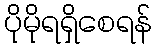
ပိုမိုရရှိစေရန်